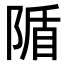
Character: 𨺠